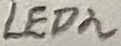
Text: LED2